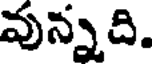
వున్నది.